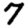
Digit: 7